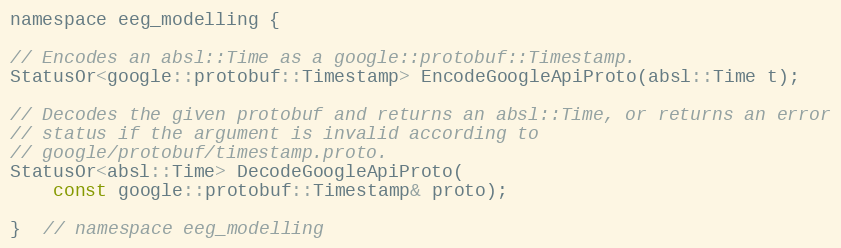
Language: C
namespace eeg_modelling {

// Encodes an absl::Time as a google::protobuf::Timestamp.
StatusOr<google::protobuf::Timestamp> EncodeGoogleApiProto(absl::Time t);

// Decodes the given protobuf and returns an absl::Time, or returns an error
// status if the argument is invalid according to
// google/protobuf/timestamp.proto.
StatusOr<absl::Time> DecodeGoogleApiProto(
    const google::protobuf::Timestamp& proto);

}  // namespace eeg_modelling